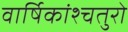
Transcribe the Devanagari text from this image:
वार्षिकांश्चतुरो